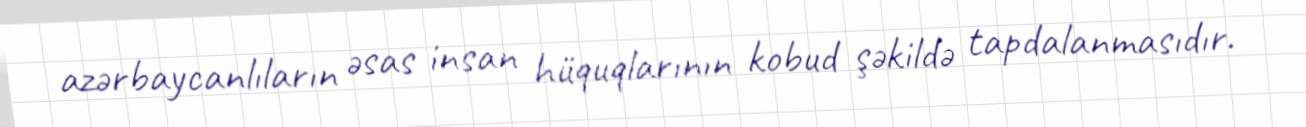
azərbaycanlıların əsas insan hüquqlarının kobud şəkildə tapdalanmasıdır.